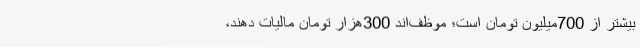
بیشتر از 700میلیون تومان است؛ موظف‌اند 300هزار تومان مالیات دهند،